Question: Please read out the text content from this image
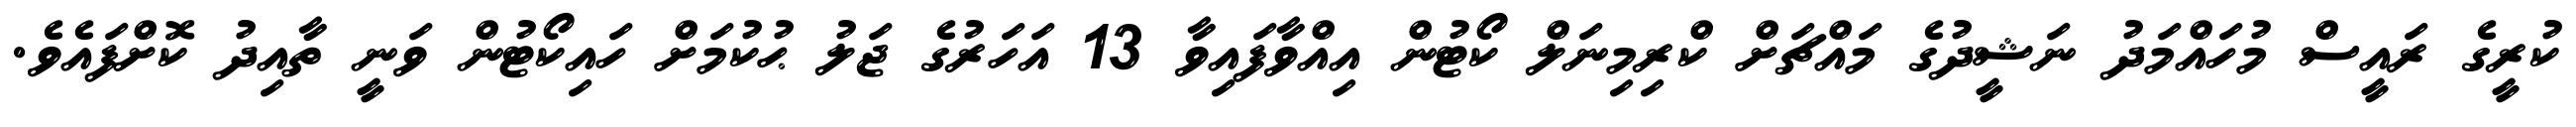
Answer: ކުރީގެ ރައީސް މުހައްމަދު ނަޝީދުގެ މައްޗަށް ކްރިމިނަލް ކޯޓުން އިއްވާފައިވާ 13 އަހަރުގެ ޖަލު ޙުކުމަށް ހައިކޯޓުން ވަނީ ތާއިދު ކޮށްފައެވެ.